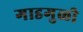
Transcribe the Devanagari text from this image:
गाडगुळी